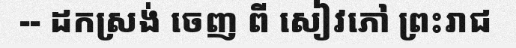
-- ដកស្រង់ ចេញ ពី សៀវភៅ ព្រះរាជ